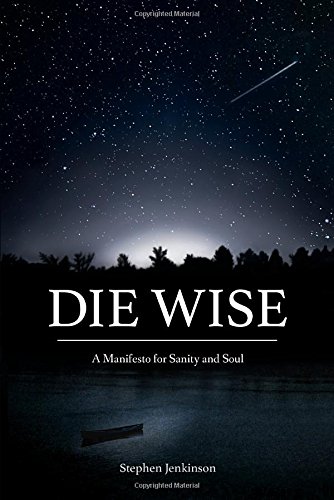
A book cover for Die Wise: A Manifesto for Sanity and Soul; Stephen Jenkinson; Self-Help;